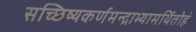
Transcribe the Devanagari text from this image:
सच्छिष्यकर्णमन्द्राभ्यामर्थितोहं